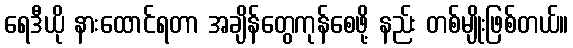
ရေဒီယို နားထောင်ရတာ အချိန်တွေကုန်စေဖို့ နည်း တစ်မျိုးဖြစ်တယ်။